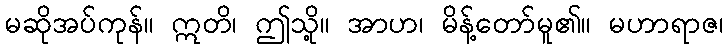
မဆိုအပ်ကုန်။ ဣတိ၊ ဤသို့။ အာဟ၊ မိန့်တော်မူ၏။ မဟာရာဇ၊